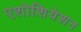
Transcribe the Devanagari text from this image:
एशोशियेशन